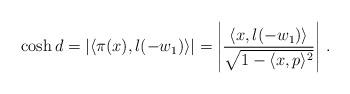
LaTeX: \begin{align*} \cosh d=\left|\langle \pi(x),l(-w_1)\rangle\right|=\left|\frac{\langle x,l(-w_1)\rangle}{\sqrt{1-\langle x,p\rangle^2}}\right|\,.\end{align*}